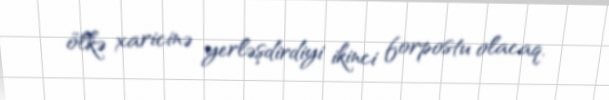
ölkə xaricinə yerləşdirdiyi ikinci forpostu olacaq.